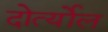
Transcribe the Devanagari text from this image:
दोर्त्योल